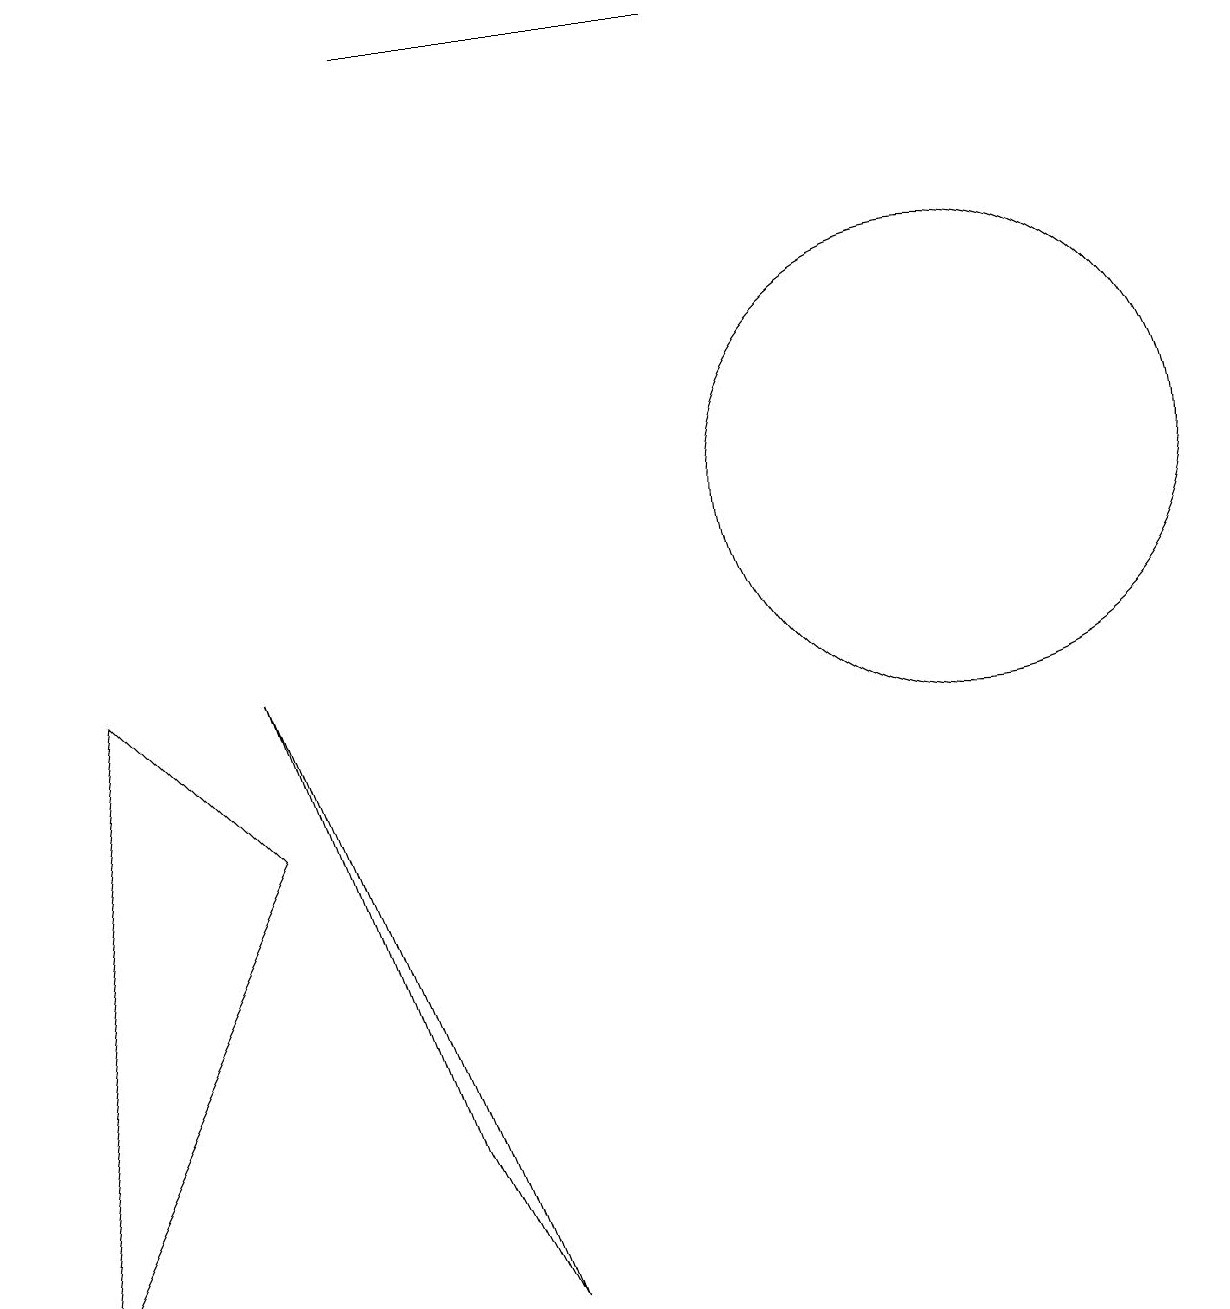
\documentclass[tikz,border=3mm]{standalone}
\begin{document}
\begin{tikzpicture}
\draw (6,1) -- (5,3) -- (3,9) -- cycle;
\draw (5,17) rectangle (9,17);
\draw (3,7) -- (1,9) -- (0,1) -- cycle;
\draw (12,11) circle (3);
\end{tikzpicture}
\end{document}